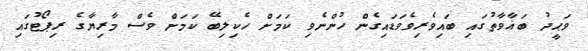
ވަޙީދު ބަޣާވާތުގައި ބައިވެރިވެވަޑައިގެން ހުންނެވި ކަމަށް ހެކިލިބޭ ކަމަށް ވެސް މާރިޔާގެ ރިޕޯޓުގައި